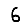
Digit: 6